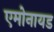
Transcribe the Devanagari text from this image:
एमोनायड